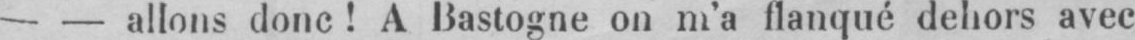
- - allons donc! A Bastogne on m’a flanqué dehors avec